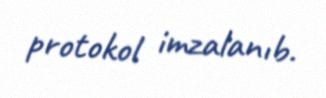
protokol imzalanıb.